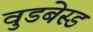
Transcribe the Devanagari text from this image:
वुडबेस्ड